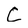
Character: c